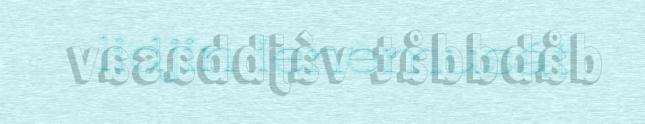
lidjin ienemusát